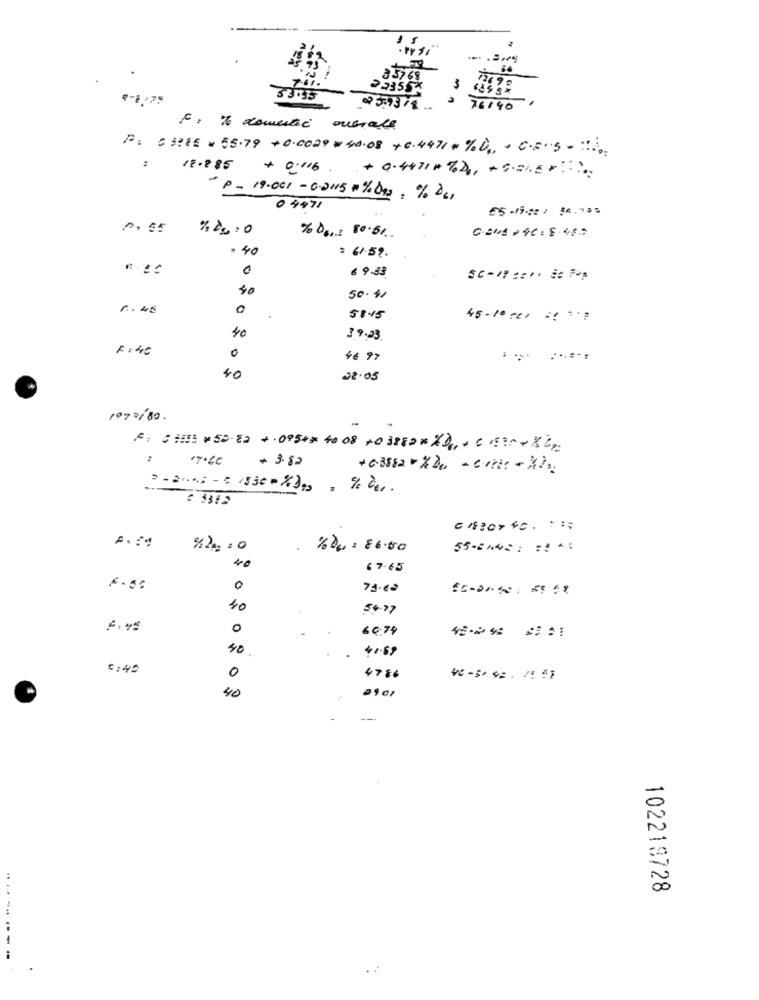
84
35768
2.2355*
33.55
3.9318.
76140
F. T domestic ouerale
P: 03:IE = 55.79 +0.0029 #40.08 + 6.4471 # % D ., . C.S.S .: )
12.885 + 0.116
+0.4471# %26, + S .===.....
-p- 19.001 - 02115 #% Das : % De,
0 4471
05-19.02: 84, 785
C.24A+46:8482
% D ... 80.50
· 40
= 61.59.
0
6 9.83
40
50.41
58.15
45-14 rx1 =! ** ?
40
39.23
F: 45
0
4€ 97
... ......
40
1970/80.
== ===== = 50 82 + 0.5 ** 40 08 +0 3882* * )11 + = === + X22
+ 3.82
+0.3882%De, - corte - X2.
CA307 4C. : ::
%00: 86.50
55-BIC: :::
40
67.65
0
40
54.27
0
60.74
40
6:40
0
4786
40-50 42. 7:57
42
2901
---
0
00
102218728